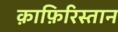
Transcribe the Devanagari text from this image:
क़ाफ़िरिस्तान